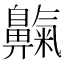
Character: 𪖴